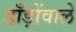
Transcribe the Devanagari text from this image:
डाँड़ोंवाले